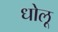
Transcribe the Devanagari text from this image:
धोलू